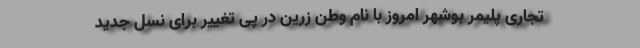
تجاری پلیمر بوشهر امروز با نام وطن زرین در پی تغییر برای نسل جدید